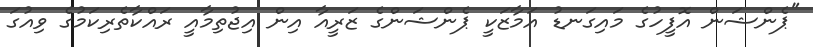
"ޕެންޝަން އޮފީހުގެ މައިގަނޑު އަމާޒަކީ ޕެންޝަންގެ ޒަރީއާ އިން އިޖުތިމާއީ ރައްކާތެރިކަމުގެ ވިއުގަ